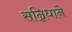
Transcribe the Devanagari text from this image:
सन्निधाने